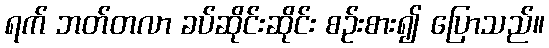
ရက် ဘတ်တလာ ခပ်ဆိုင်းဆိုင်း စဉ်းစား၍ ပြောသည်။